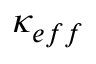
\kappa _ { e f f }